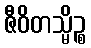
ဇီဝိတသ္မိဉ္စ